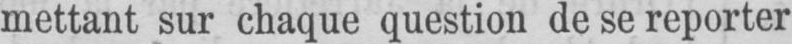
mettant sur chaque question de se reporter